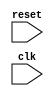
module behavioral_modeling_block (
    input wire reset,
    input wire clk,
    // other input/output ports
    
    );

always @(posedge clk or negedge reset) begin
    if(!reset) begin
        // specify actions or operations to be performed
    end
end

// specify the rest of the module logic

endmodule